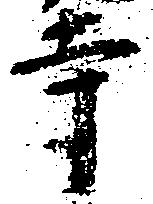
寺